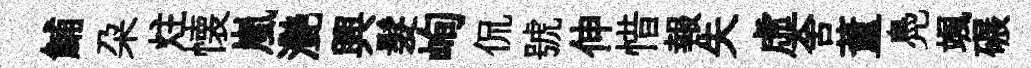
鯆朶炷懐嵐灧興髮峋侃號伸惜報失虛舍董鳧颯碾